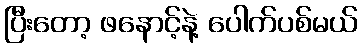
ပြီးတော့ ဖနောင့်နဲ့ ပေါက်ပစ်မယ်